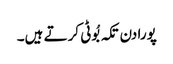
پورا دن تکہ بُوٹی کرتے ہیں۔